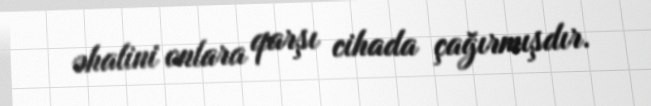
əhalini onlara qarşı cihada çağırmışdır.